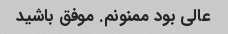
عالی بود ممنونم. موفق باشید